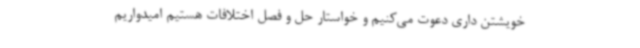
خویشتن داری دعوت می‌کنیم و خواستار حل و فصل اختلافات هستیم امیدواریم